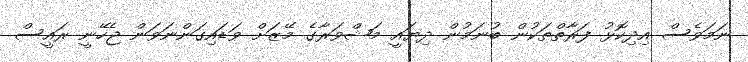
ނަމަވެސް އިދިކޮޅު ފަރާތްތަކުން ބުނަމުން ދިޔައީ މަޝްވަރާގެ މޭޒަށް ވަޑައިގަންނަވަން ޖެހޭނީ ރައީސް